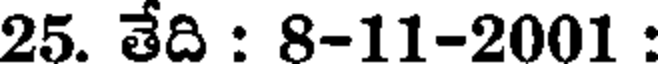
25. తేది : 8-11-2001 :